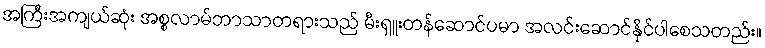
အကြီးအကျယ်ဆုံး အစ္စလာမ်ဘာသာတရားသည် မီးရှူးတန်ဆောင်ပမာ အလင်းဆောင်နိုင်ပါစေသတည်း။